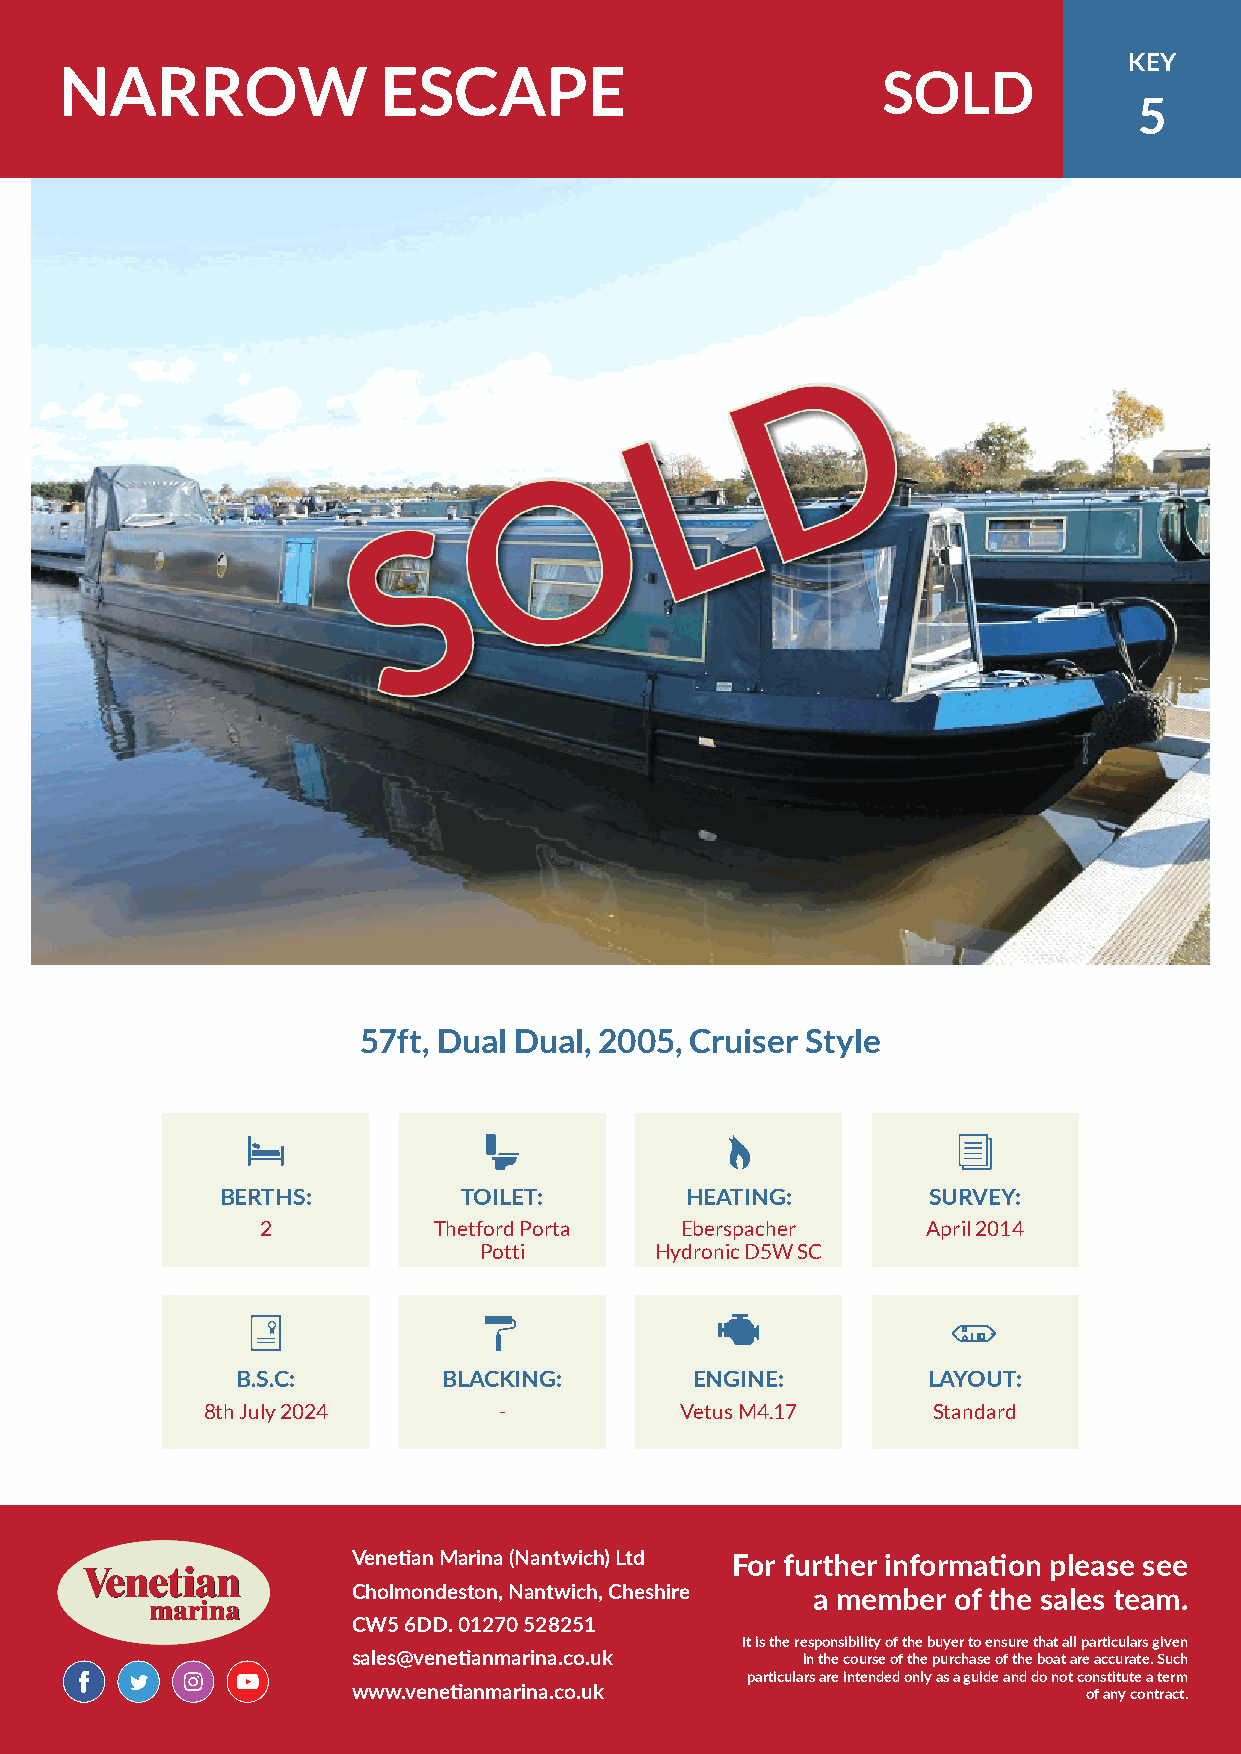
KEY
 NARROW               ESCAPE                           SOLD
 5
 57ft, Dual Dual, 2005, Cruiser Style
 BERTHS:         TOILET:       HEATING:        SURVEY:
 2           Thetford Porta  Eberspacher     April 2014
 Potti      Hydronic D5W SC
 B.S.C:       BLACKING:        ENGINE:        LAYOUT:
 8th July 2024       -           Vetus M4.17      Standard
 Venetian Marina (Nantwich) Ltd For further information please see
 Cholmondeston, Nantwich, Cheshire a member of the sales team.
 CW5 6DD. 01270 528251
 It is the responsibility of the buyer to ensure that all particulars given
 sales@venetianmarina.co.uk    in the course of the purchase of the boat are accurate. Such
 particulars are intended only as a guide and do not constitute a term
 www.venetianmarina.co.uk                         of any contract.